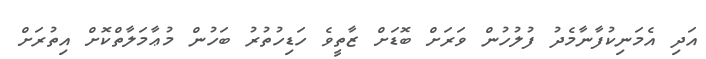
އަދި އެމަނިކުފާނާމެދު ފުލުހުން ވަރަށް ބޮޑަށް ޒާތީވެ ހަޑިހުތުރު ބަހުން މުޢާމަލާތްކޮށް އިތުރަށް